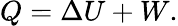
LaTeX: Q=\Delta U+W.